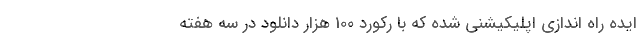
ایده راه اندازی اپلیکیشنی شده که با رکورد 100 هزار دانلود در سه هفته